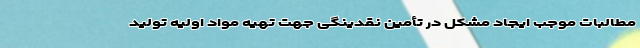
مطالبات موجب ایجاد مشکل در تأمین نقدینگی جهت تهیه مواد اولیه تولید